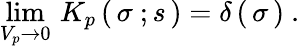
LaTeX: \operatorname*{lim}_{V_{p}\to 0}\, K_{p}\left(\, \sigma\ ;s\, \right)=\delta\left(\, \sigma\, \right)\ .